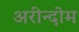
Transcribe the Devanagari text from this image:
अरीन्दोम